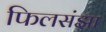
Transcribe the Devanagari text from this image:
फिलसंझा